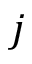
j